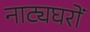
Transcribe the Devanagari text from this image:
नाट्यघरों